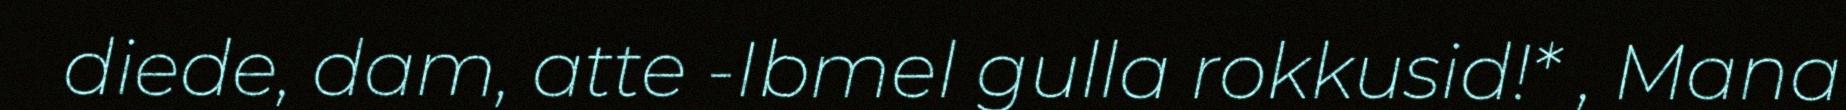
diede, dam, atte -Ibmel gulla rokkusid!* , Mana